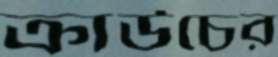
ক্রাউচের